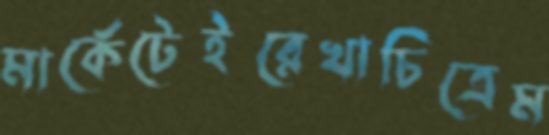
মার্কেটেইরেখাচিত্রেম